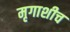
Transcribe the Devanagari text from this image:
मृगाशीच